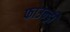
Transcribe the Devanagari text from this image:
फाउन्ड्री